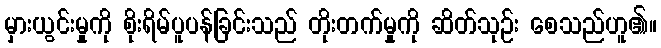
မှားယွင်းမှုကို စိုးရိမ်ပူပန်ခြင်းသည် တိုးတက်မှုကို ဆိတ်သုဉ်း စေသည်ဟူ၏။